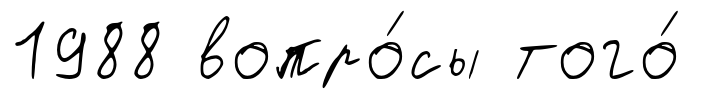
1988 вопро́сы того́